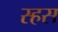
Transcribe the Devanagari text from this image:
स्हस